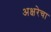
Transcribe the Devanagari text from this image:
अक्षरेचा